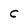
Character: c